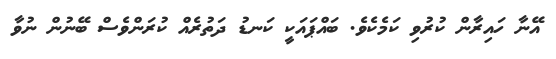
އޭނާ ހައިރާން ކުރުވި ކަމެކެވެ. ބައްޕައަކީ ކަނޑު ދަތުރެއް ކުރަންވެސް ބޭނުން ނުވާ